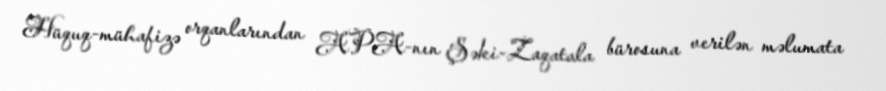
Hüquq-mühafizə orqanlarından APA-nın Şəki-Zaqatala bürosuna verilən məlumata